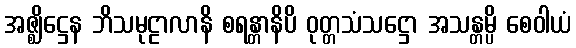
အဇ္ဈိဋ္ဌေန ဘိသမုဠာလာနိ စရန္တာနိပိ ဝုတ္တသံသဋ္ဌော အသန္တမ္ပိ စေဝါယံ